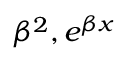
\beta ^ { 2 } , e ^ { \beta x }